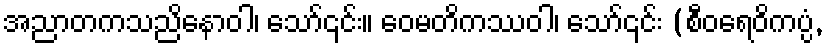
အညာတကသညိနောဝါ၊ သော်၎င်း။ ဝေမတိကဿဝါ၊ သော်၎င်း (စီဝရေဝိကပ္ပံ,